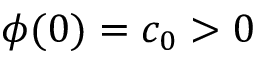
\phi ( 0 ) = c _ { 0 } > 0